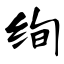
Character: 绚